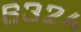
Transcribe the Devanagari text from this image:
६३२४